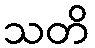
သတိ